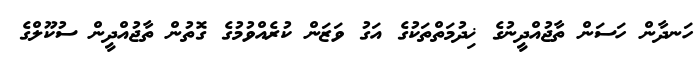
ހަނދާން ހަސަން ތާޖުއްދީނުގެ ޚިދުމަތްތަކުގެ އަގު ވަޒަން ކުރެއްވުމުގެ ގޮތުން ތާޖުއްދީން ސުކޫލްގެ